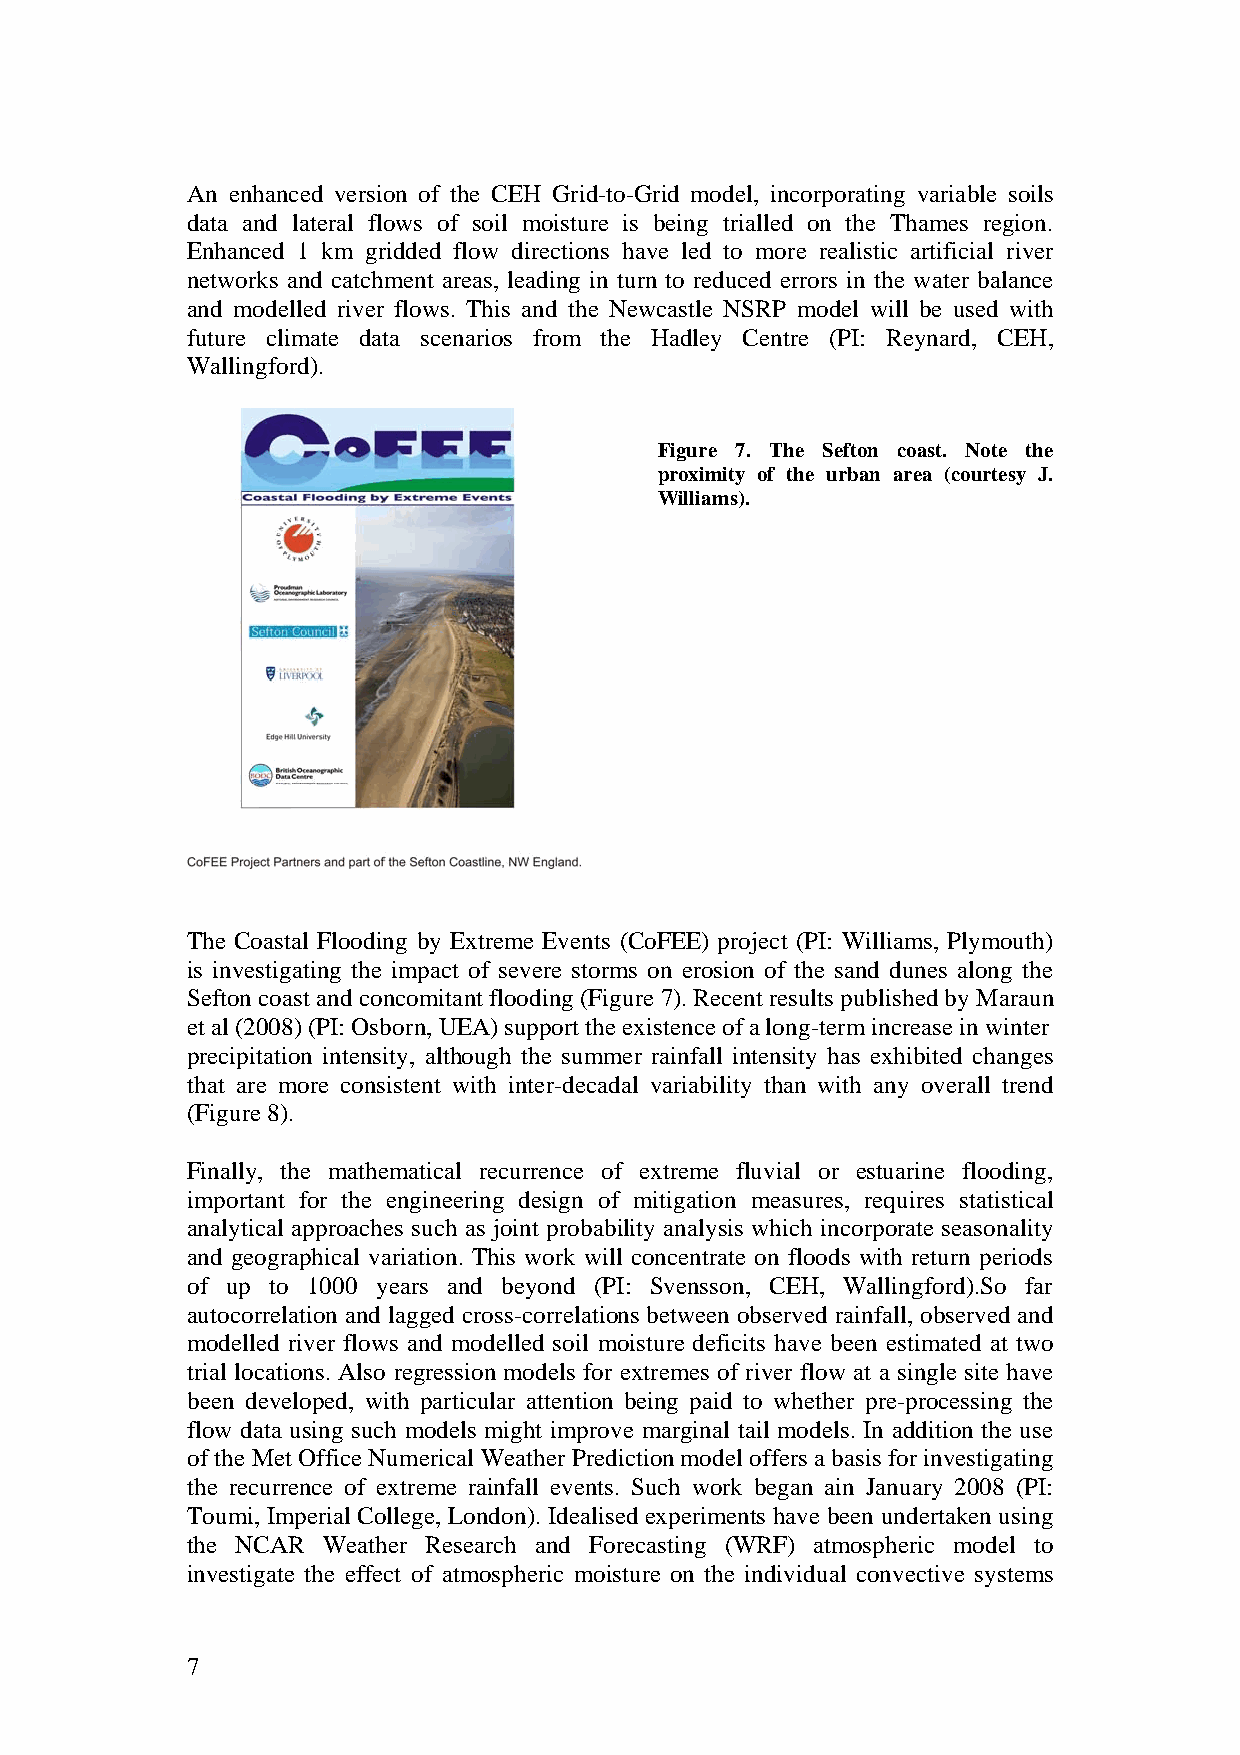
An enhanced version of the CEH Grid-to-Grid model, incorporating variable soils
 data and lateral flows of soil moisture is being trialled on the Thames region.
 Enhanced 1 km gridded flow directions have led to more realistic artificial river
 networks and catchment areas, leading in turn to reduced errors in the water balance
 and modelled river flows. This and the Newcastle NSRP model will be used with
 future climate data scenarios from the Hadley Centre (PI: Reynard, CEH,
 Wallingford).
 Figure 7. The Sefton coast. Note the
 proximity of the urban area (courtesy J.
 Williams).
 The Coastal Flooding by Extreme Events (CoFEE) project (PI: Williams, Plymouth)
 is investigating the impact of severe storms on erosion of the sand dunes along the
 Sefton coast and concomitant flooding (Figure 7). Recent results published by Maraun
 et al (2008) (PI: Osborn, UEA) support the existence of a long-term increase in winter
 precipitation intensity, although the summer rainfall intensity has exhibited changes
 that are more consistent with inter-decadal variability than with any overall trend
 (Figure 8).
 Finally, the mathematical recurrence of extreme fluvial or estuarine flooding,
 important for the engineering design of mitigation measures, requires statistical
 analytical approaches such as joint probability analysis which incorporate seasonality
 and geographical variation. This work will concentrate on floods with return periods
 of up to 1000 years and beyond (PI: Svensson, CEH, Wallingford).So far
 autocorrelation and lagged cross-correlations between observed rainfall, observed and
 modelled river flows and modelled soil moisture deficits have been estimated at two
 trial locations. Also regression models for extremes of river flow at a single site have
 been developed, with particular attention being paid to whether pre-processing the
 flow data using such models might improve marginal tail models. In addition the use
 of the Met Office Numerical Weather Prediction model offers a basis for investigating
 the recurrence of extreme rainfall events. Such work began ain January 2008 (PI:
 Toumi, Imperial College, London). Idealised experiments have been undertaken using
 the NCAR Weather Research and Forecasting (WRF) atmospheric model to
 investigate the effect of atmospheric moisture on the individual convective systems
 7